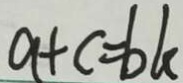
a + c = b k